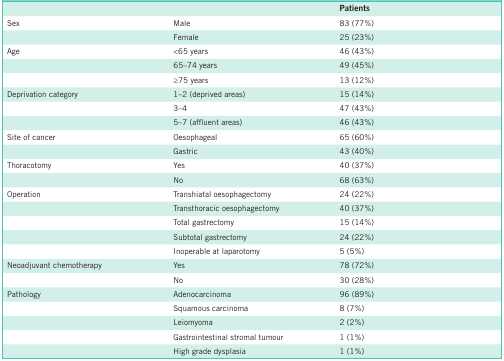
|  |  | Patients |
 | --- | --- | --- |
 | Sex | Male | 83 (77%) |
 |  | Female | 25 (23%) |
 | Age | <65 years | 46 (43%) |
 |  | 65–74 years | 49 (45%) |
 |  | ≥75 years | 13 (12%) |
 | Deprivation category | 1–2 (deprived areas) | 15 (14%) |
 |  | 3–4 | 47 (43%) |
 |  | 5–7 (affluent areas) | 46 (43%) |
 | Site of cancer | Oesophageal | 65 (60%) |
 |  | Gastric | 43 (40%) |
 | Thoracotomy | Yes | 40 (37%) |
 |  | No | 68 (63%) |
 | Operation | Transhiatal oesophagectomy | 24 (22%) |
 |  | Transthoracic oesophagectomy | 40 (37%) |
 |  | Total gastrectomy | 15 (14%) |
 |  | Subtotal gastrectomy | 24 (22%) |
 |  | Inoperable at laparotomy | 5 (5%) |
 | Neoadjuvant chemotherapy | Yes | 78 (72%) |
 |  | No | 30 (28%) |
 | Pathology | Adenocarcinoma | 96 (89%) |
 |  | Squamous carcinoma | 8 (7%) |
 |  | Leiomyoma | 2 (2%) |
 |  | Gastrointestinal stromal tumour | 1 (1%) |
 |  | High grade dysplasia | 1 (1%) |